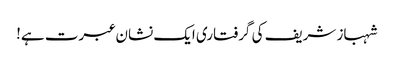
شہباز شریف کی گرفتاری ایک نشان عبرت ہے!